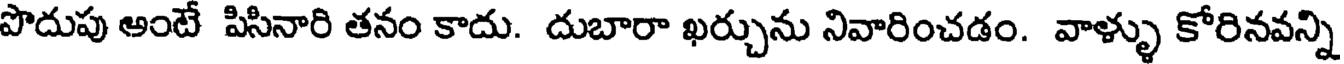
పొదుపు అంటే పిసినారి తనం కాదు. దుబారా ఖర్చును నివారించడం. వాళ్ళు కోరినవన్ని